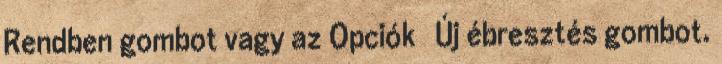
Rendben gombot vagy az Opciók → Új ébresztés gombot.